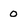
Character: 0